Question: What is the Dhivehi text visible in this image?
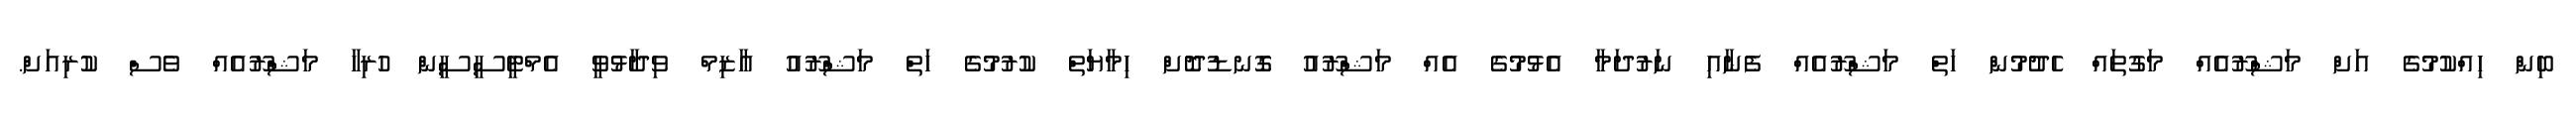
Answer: ބިން ހިއްކުމުގެ އަށް މަޝްރޫއެއް މަގުތައް ހެދުމުން ހަތް މަޝްރޫއެއް ފެނާއި ނަރުދަމާ އެޅުމުގެ އެއް މަޝްރޫއު ގޮނޑުދޮށް ހިމާޔަތް ކުރުމުގެ ހަތް މަޝްރޫއު އާޒިމް ވިދާޅުވީ އެމްޓީސީސީން ހުރިހާ މަޝްރޫއެއް ވެސް ކުރިއަށް.